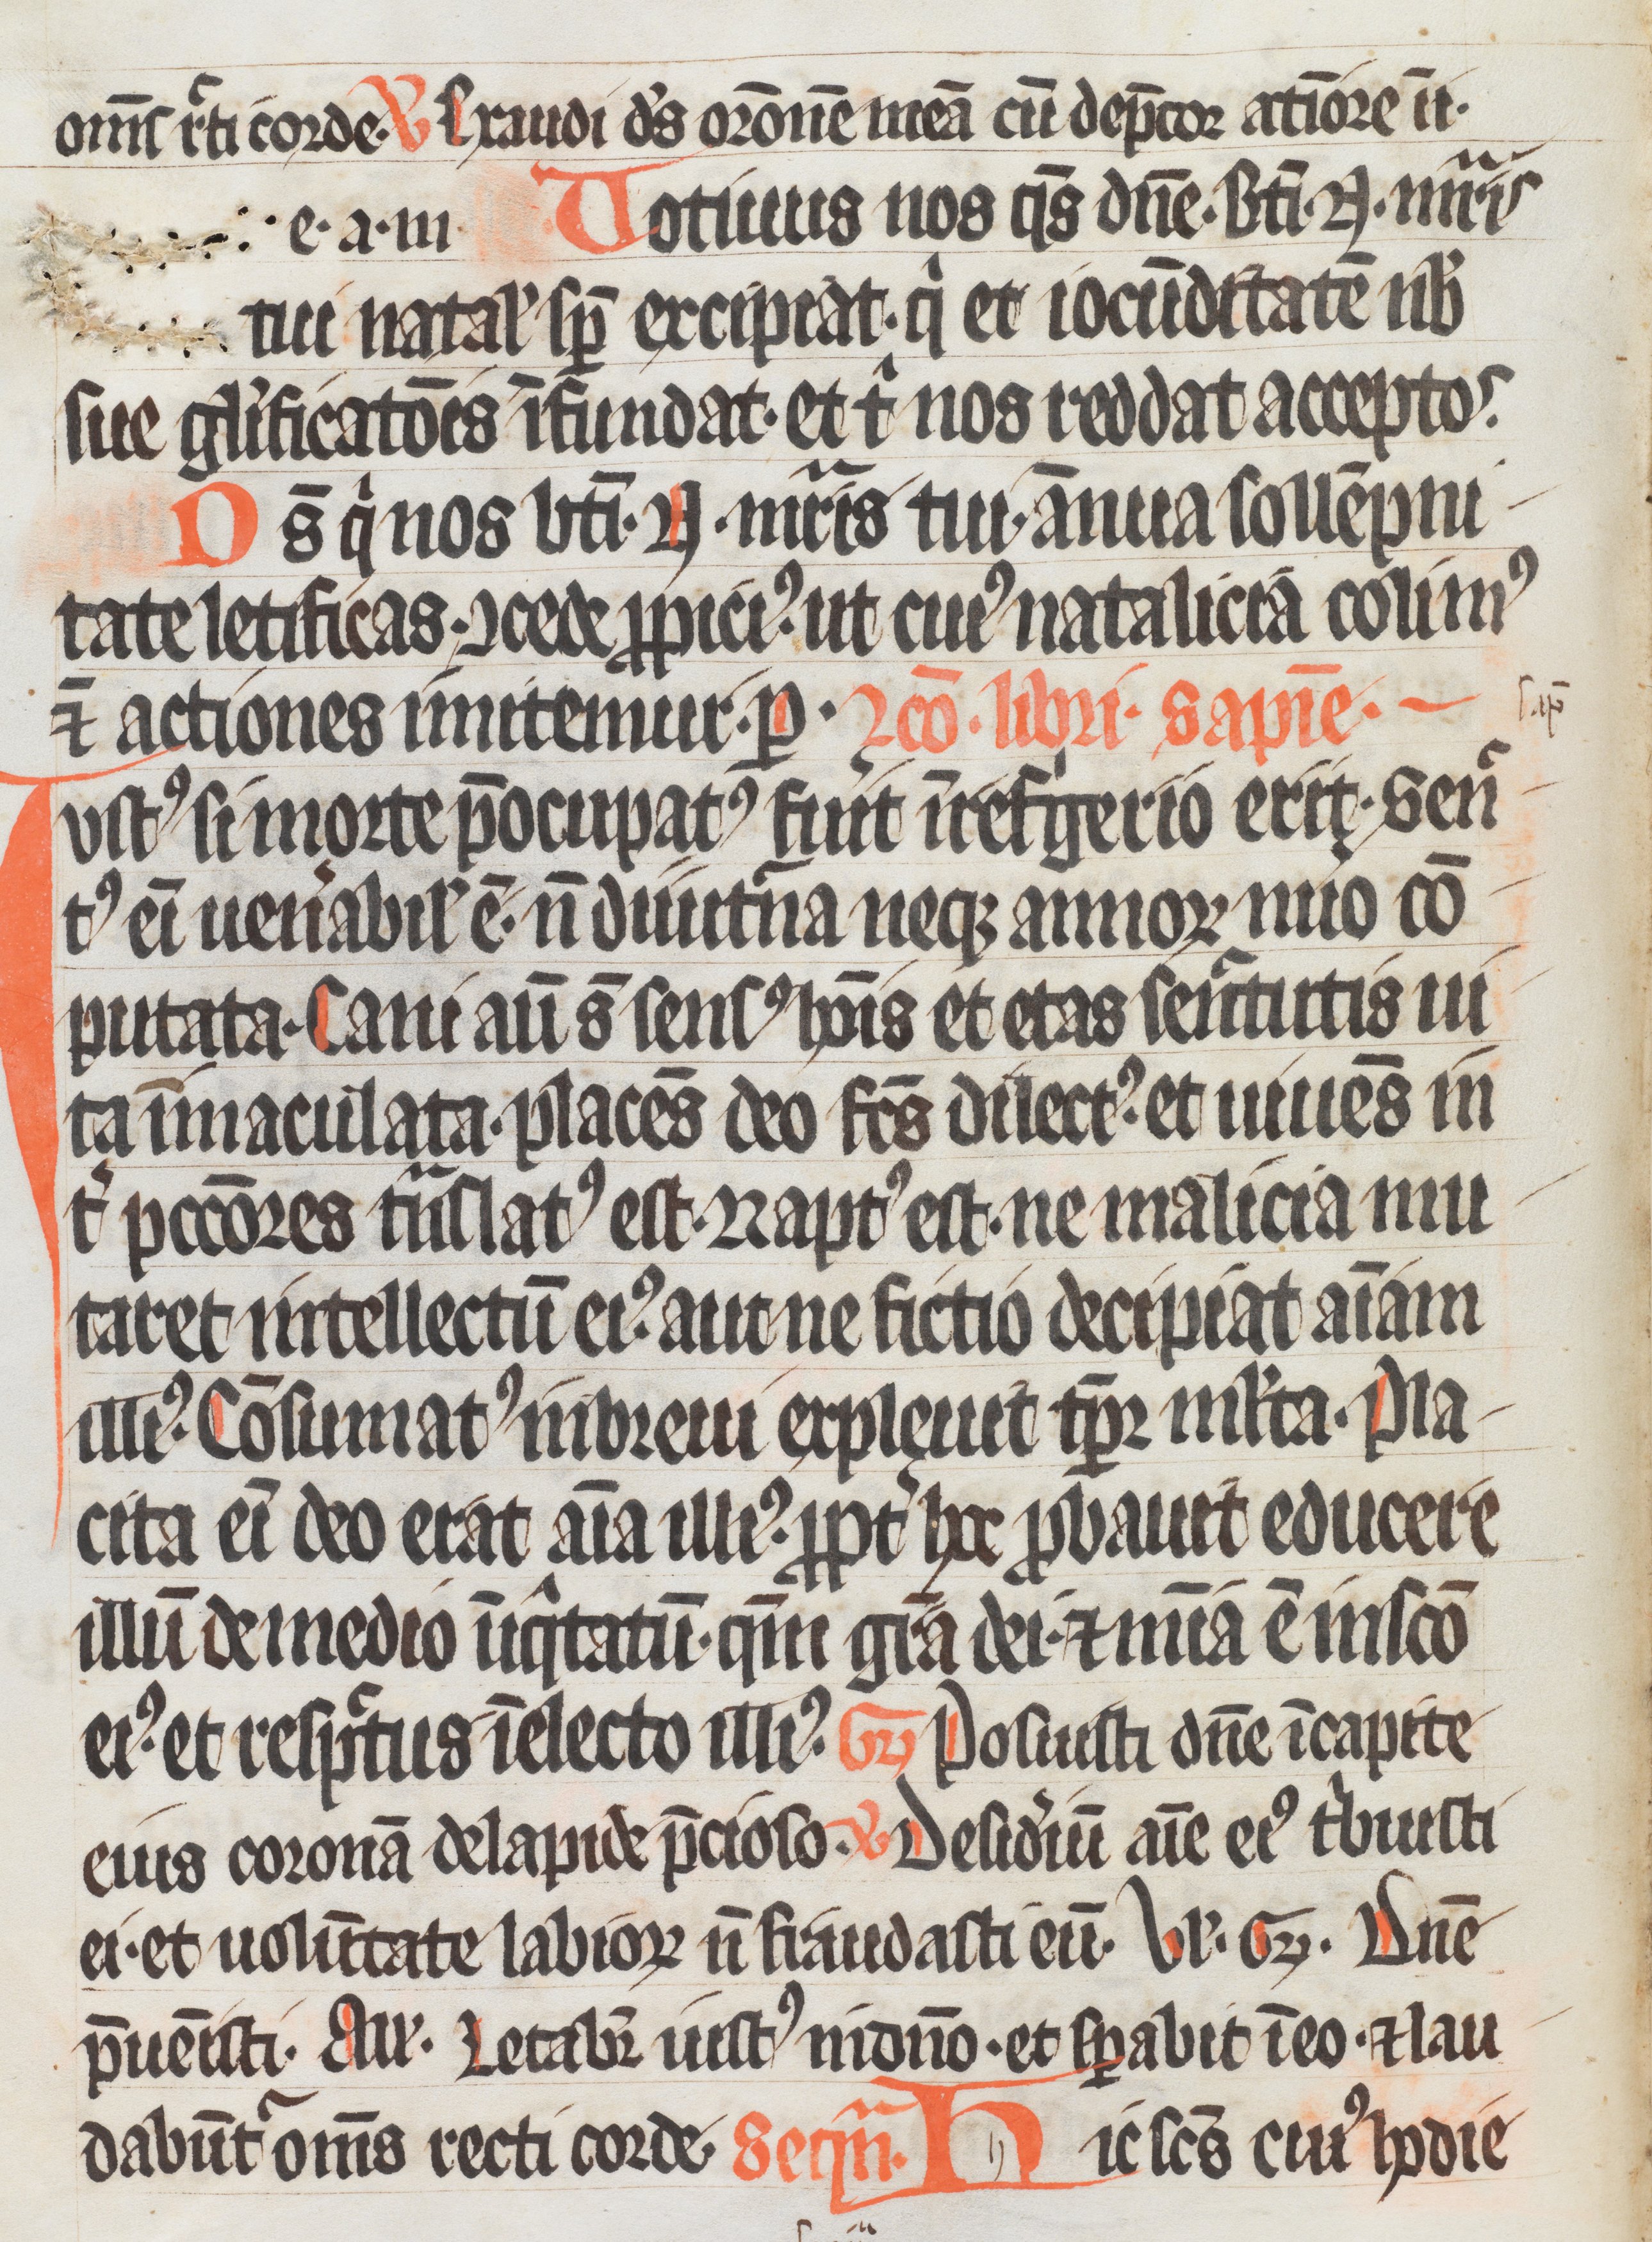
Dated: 1333–1333